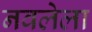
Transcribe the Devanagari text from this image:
नवलेला